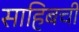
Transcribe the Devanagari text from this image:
साहिबची